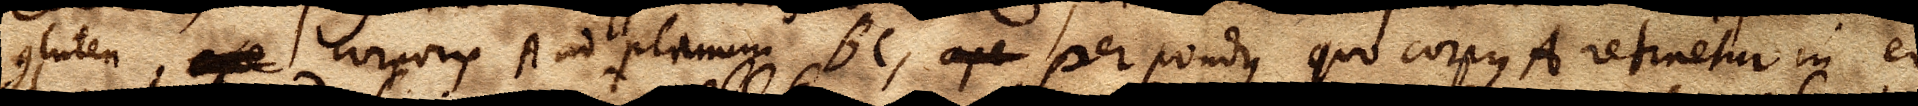
gluten xx corporis A ad planum BC, xx per pondus quo corpus A retinetur in eo